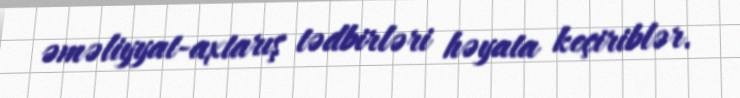
əməliyyat-axtarış tədbirləri həyata keçiriblər.